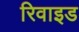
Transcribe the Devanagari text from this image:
रिवाइड